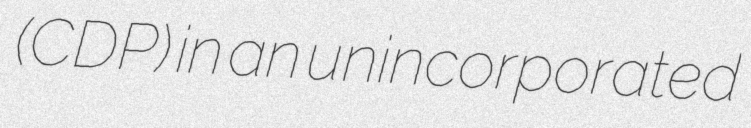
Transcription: (CDP) in an unincorporated